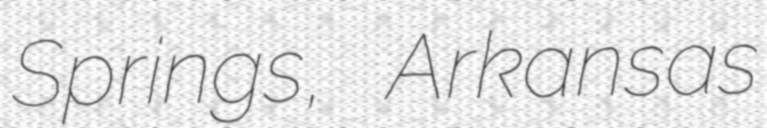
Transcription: Springs, Arkansas